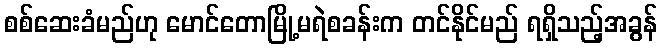
စစ်ဆေးခံမည်ဟု မောင်တောမြို့မရဲစခန်းက တင်နိုင်မည် ရရှိသည့်အခွန်